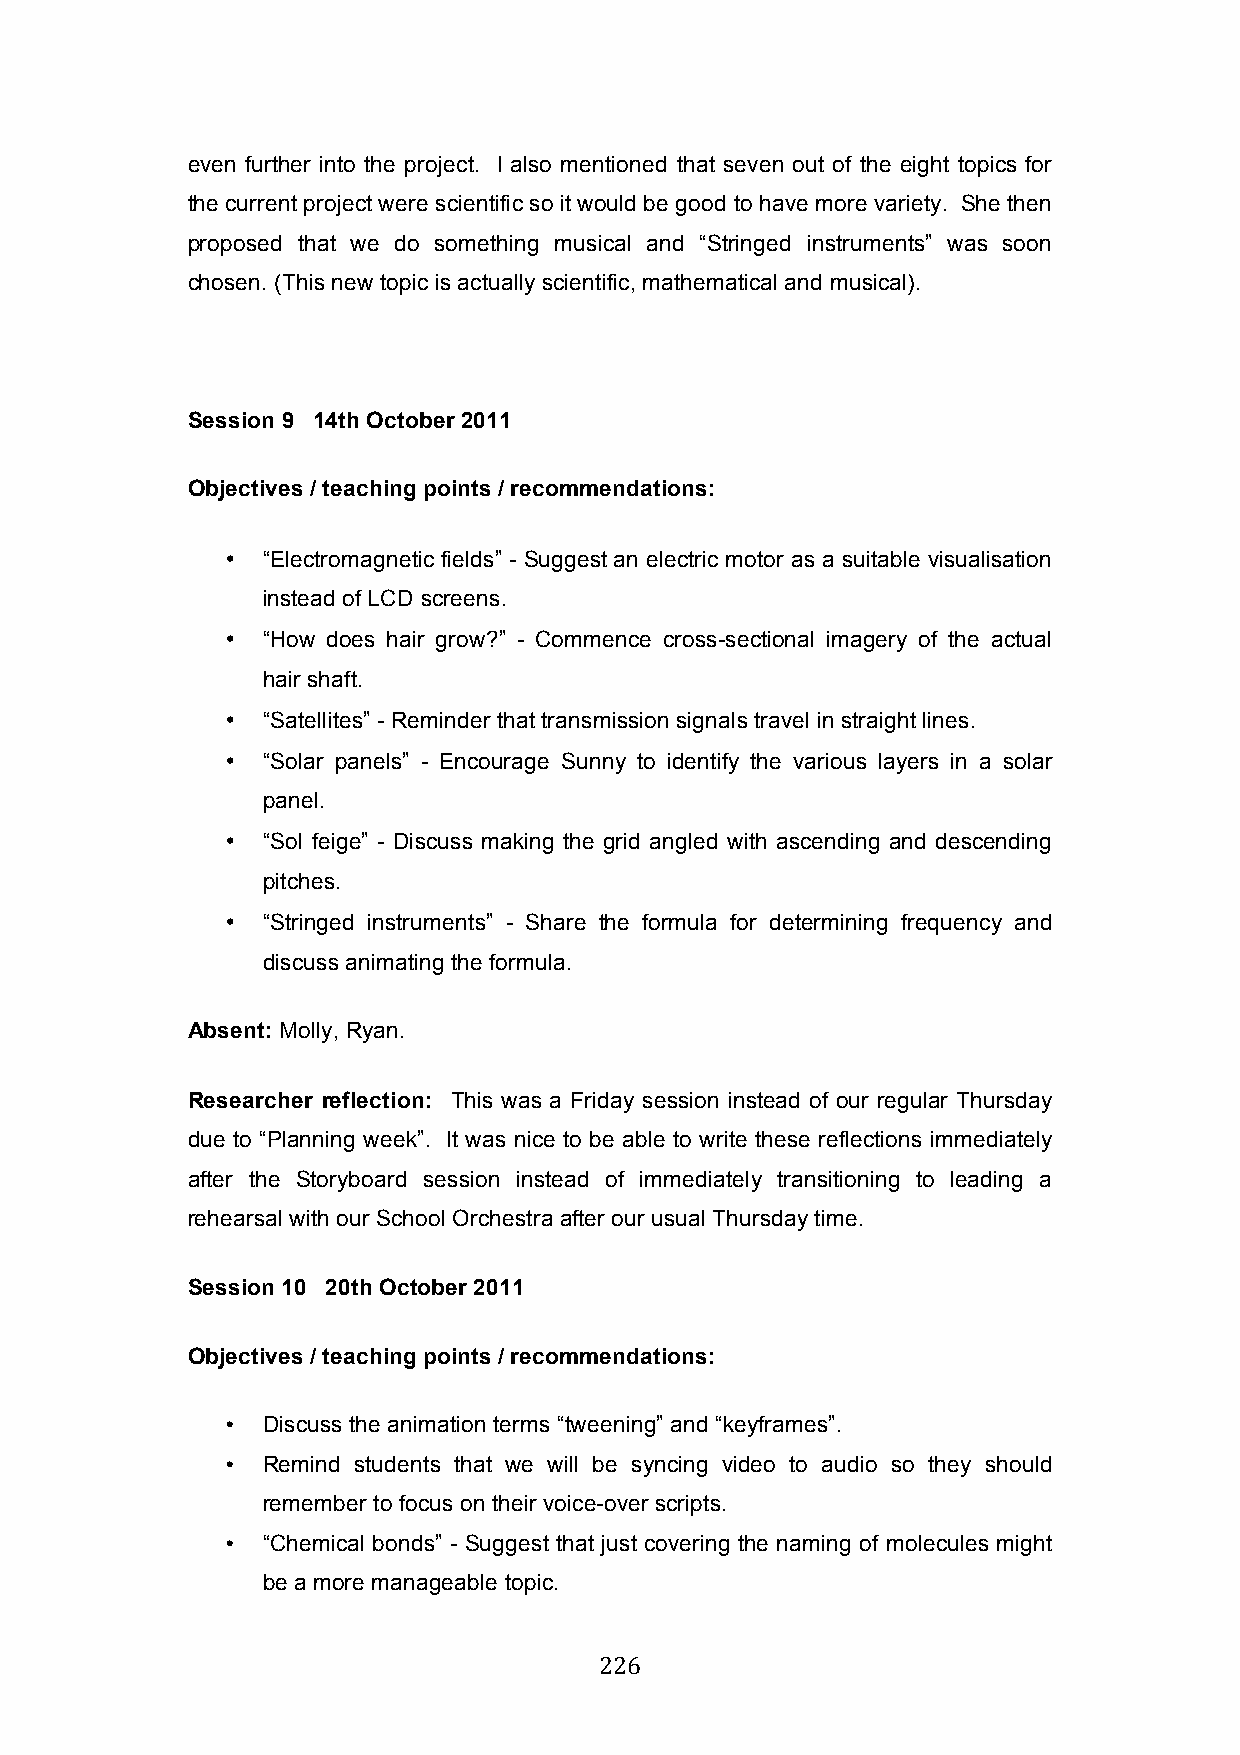
even further into the project. I also mentioned that seven out of the eight topics for
 the current project were scientific so it would be good to have more variety. She then
 proposed that we do something musical and “Stringed instruments” was soon
 chosen. (This new topic is actually scientific, mathematical and musical).
 Session 9 14th October 2011
 Objectives / teaching points / recommendations:
 • “Electromagnetic fields” - Suggest an electric motor as a suitable visualisation
 instead of LCD screens.
 • “How does hair grow?” - Commence cross-sectional imagery of the actual
 hair shaft.
 • “Satellites” - Reminder that transmission signals travel in straight lines.
 • “Solar panels” - Encourage Sunny to identify the various layers in a solar
 panel.
 • “Sol feige” - Discuss making the grid angled with ascending and descending
 pitches.
 • “Stringed instruments” - Share the formula for determining frequency and
 discuss animating the formula.
 Absent: Molly, Ryan.
 Researcher reflection: This was a Friday session instead of our regular Thursday
 due to “Planning week”. It was nice to be able to write these reflections immediately
 after the Storyboard session instead of immediately transitioning to leading a
 rehearsal with our School Orchestra after our usual Thursday time.
 Session 10 20th October 2011
 Objectives / teaching points / recommendations:
 • Discuss the animation terms “tweening” and “keyframes”.
 • Remind students that we will be syncing video to audio so they should
 remember to focus on their voice-over scripts.
 • “Chemical bonds” - Suggest that just covering the naming of molecules might
 be a more manageable topic.
 226